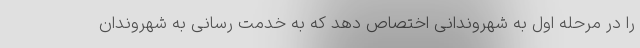
را در مرحله اول به شهروندانی اختصاص دهد که به خدمت رسانی به شهروندان